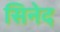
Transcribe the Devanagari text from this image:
सिनेद